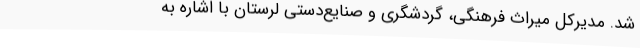
شد. مدیرکل میراث فرهنگی، گردشگری و صنایع‌دستی لرستان با اشاره به